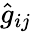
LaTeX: \hat{g}_{ij}